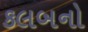
કલબનો